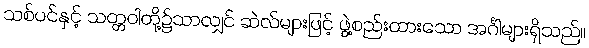
သစ်ပင်နှင့် သတ္တဝါတို့၌သာလျှင် ဆဲလ်များဖြင့် ဖွဲ့စည်းထားသော အင်္ဂါများရှိသည်။